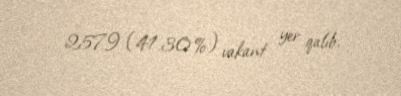
2579 (41.30%) vakant yer qalıb.